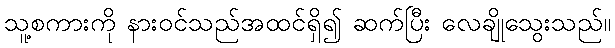
သူ့စကားကို နားဝင်သည်အထင်ရှိ၍ ဆက်ပြီး လေချိုသွေးသည်။